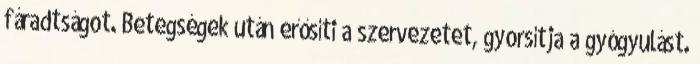
fáradtságot. Betegségek után erősíti a szervezetet, gyorsítja a gyógyulást.